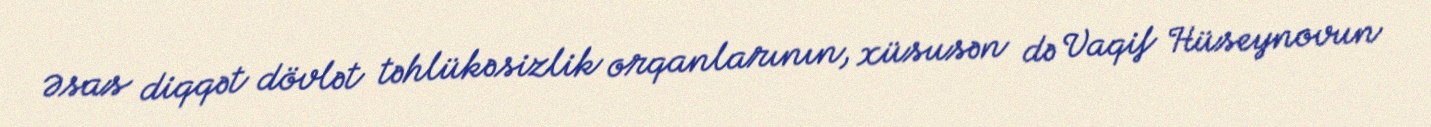
Əsas diqqət dövlət təhlükəsizlik orqanlarının, xüsusən də Vaqif Hüseynovun